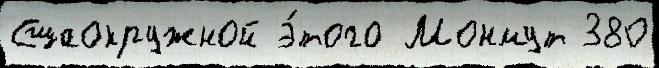
Сшаокружной э́того Монмут 380